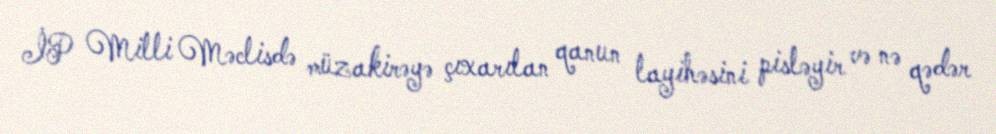
İP Milli Məclisdə müzakirəyə çıxarılan qanun layihəsini pisləyir və nə qədər